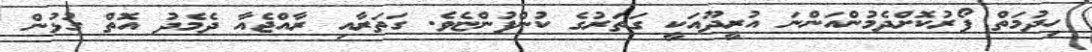
ހިދުމަތް ފޯރުކޮށްދެމުންއަންނަ އުރީދޫއަކީ ގަތަރުގެ ކުންފުންޏެވެ. ގަތަރާއި ރާއްޖެއާ ދެމެދު އޮތް ގުޅުން